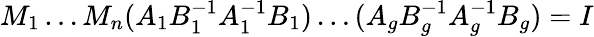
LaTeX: M_{1}\ldots M_{n}(A_{1}B_{1}^{-1}A_{1}^{-1}B_{1})\ldots(A_{g}B_{g}^{-1}A_{g}^{-1}B_{g})=I